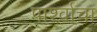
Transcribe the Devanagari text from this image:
पार्श्वाचा